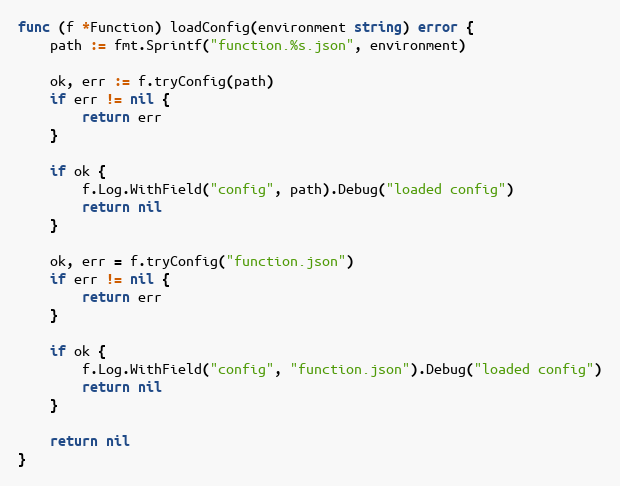
Language: Go
func (f *Function) loadConfig(environment string) error {
	path := fmt.Sprintf("function.%s.json", environment)

	ok, err := f.tryConfig(path)
	if err != nil {
		return err
	}

	if ok {
		f.Log.WithField("config", path).Debug("loaded config")
		return nil
	}

	ok, err = f.tryConfig("function.json")
	if err != nil {
		return err
	}

	if ok {
		f.Log.WithField("config", "function.json").Debug("loaded config")
		return nil
	}

	return nil
}